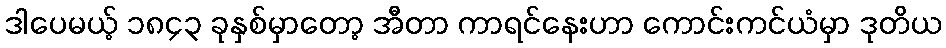
ဒါပေမယ့် ၁၈၄၃ ခုနှစ်မှာတော့ အီတာ ကာရင်နေးဟာ ကောင်းကင်ယံမှာ ဒုတိယ